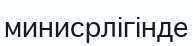
минисрлігінде